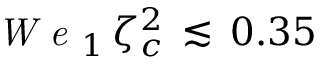
\textit { W e } _ { 1 } \, \zeta _ { c } ^ { 2 } \, \lesssim \, 0 . 3 5